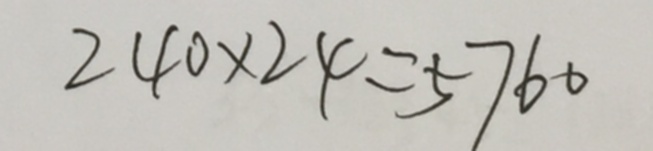
2 4 0 \times 2 4 = 5 7 6 0